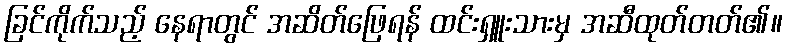
ခြင်ကိုက်သည့် နေရာတွင် အဆိတ်ဖြေရန် ထင်းရှူးသားမှ အဆီထုတ်တတ်၏။